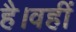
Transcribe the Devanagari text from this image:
है।वहीं